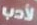
لأدب